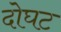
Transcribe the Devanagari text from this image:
दोघट